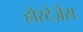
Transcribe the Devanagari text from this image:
होस्टेज़ेस